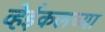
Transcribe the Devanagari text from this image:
व्हेईकलच्या